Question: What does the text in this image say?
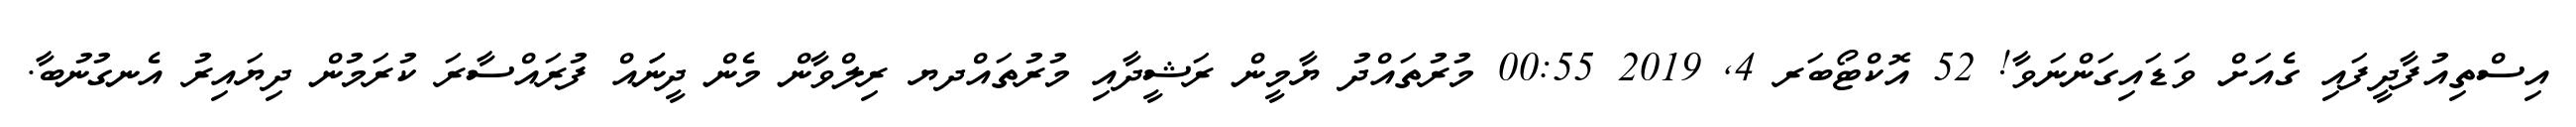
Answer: އިސްތިއުފާދީފައި ގެއަށް ވަޑައިގަންނަވާ! 52 އޮކްޓޯބަރ 4, 2019 00:55 މުރުތައްދު ޔާމީން ރަޝީދާއި މުރުތައްދޔ ރިލްވާން މެން ދީނަައް ފުރައްސާރަ ކުރަމުން ދިޔައިރު އެނގުނުބާ.